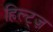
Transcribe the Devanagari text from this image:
हिल्ट्ज़